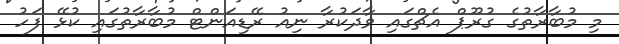
މި މުބާރާތުގެ ގުރޫޕް އެޗްގައި ވާދަކުރާ ނިއު ރޭޑިއަންޓް މުބާރާތުގައި ކުޅޭ ފަހު